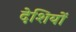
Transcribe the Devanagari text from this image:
देशियों